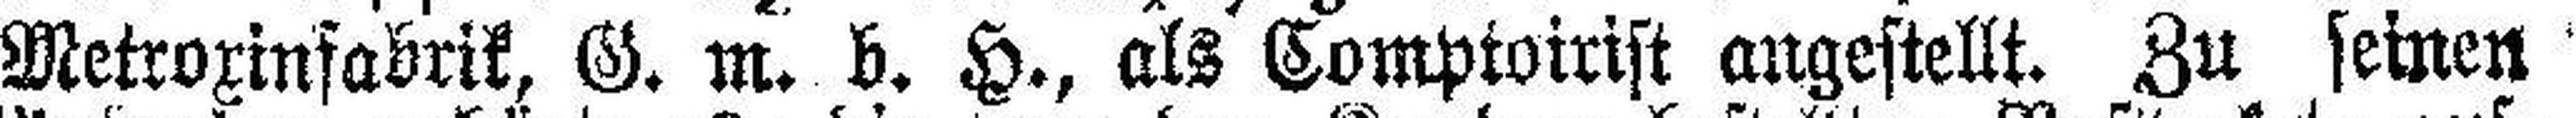
Metroxinfabrik, G. m. b. H., als Comptoirist angestellt. Zu seinen